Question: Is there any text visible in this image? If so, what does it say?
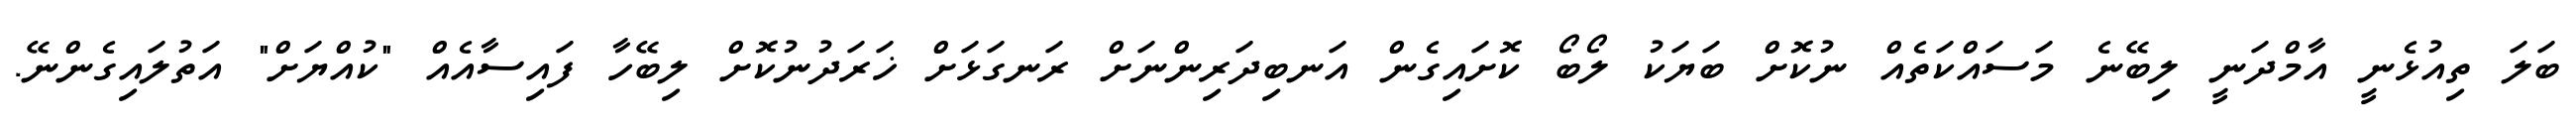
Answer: ބަލަ ތިއުޅެނީ އާމްދަނީ ލިބޭނެ މަސައްކަތެއް ނުކޮށް ބަޔަކު ލޯބޯ ކޮށައިގެން އަނބިދަރިންނަށް ރަނގަޅަށް ޚަރަދުނުކޮށް ލިބޭހާ ފައިސާއެއް "ކުއްޔަށް" އަތުލައިގެންނޭ.